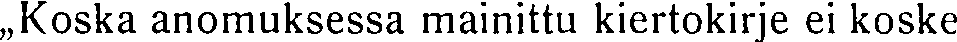
,,Koska anomuksessa mainittu kiertokirje ei koske